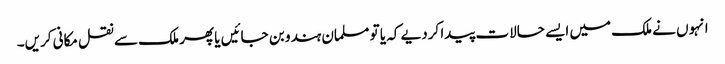
انہوں نے ملک میں ایسے حالات پیدا کردیے کہ یا تو مسلمان ہندو بن جائیں یا پھر ملک سے نقل مکانی کریں۔